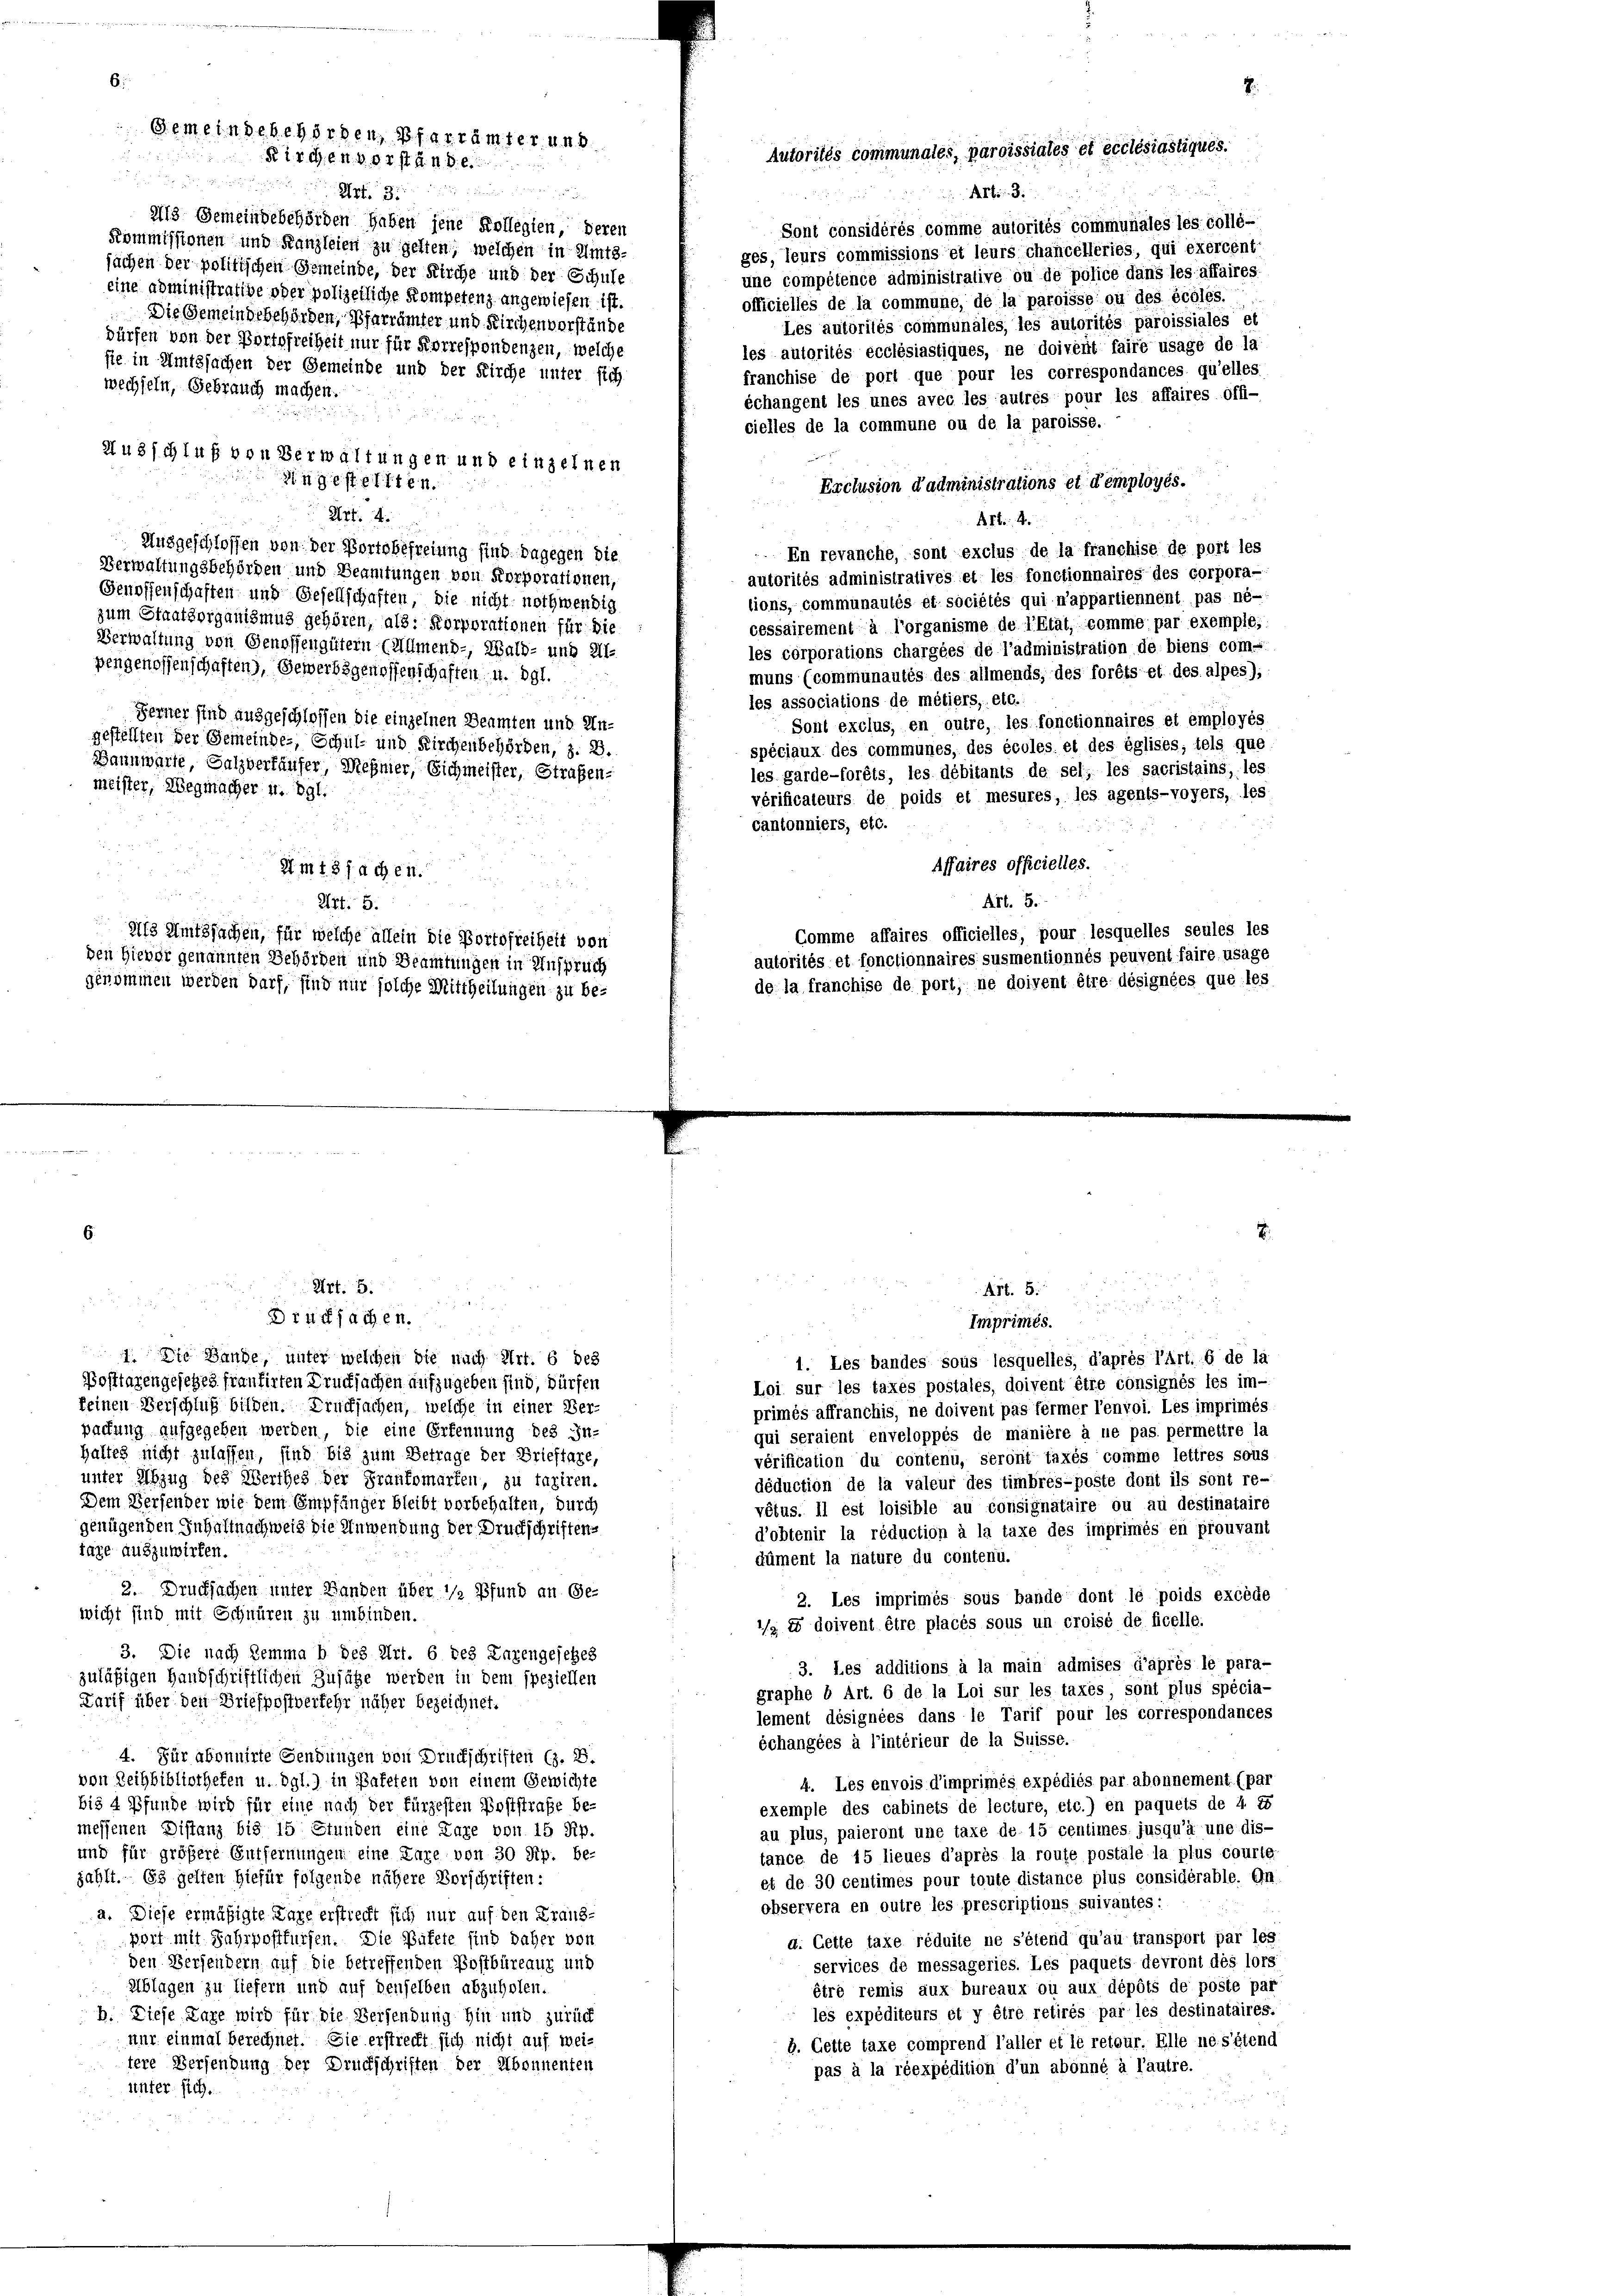
213 Gemeindebehörden haben jene Kollegien, deren
Kommissionen und Kanzleien zu gelten, welchen in Amts-
sachen der politischen Gemeinde, der Kirche und der Schule
eine administrative oder polizeiliche Kompetenz angewiesen ist,
Die Gemeindsbehörden, Pfarrämter und Kirchenverstände
dürfen von der Portofreiheit nur für Korrespondenzen, welche
sie in Amtssachen der Gemeinde und der Kirche unter sich
wechseln, Gebrauch machen.
Ausschluß von Verwaltungen und einzelnen
S 49 f. 116.

Ausgeschlossen von der Portobefreiung sind. Dagegen die
Verwaltungsbehörden und Beamtungen von Korporationen,
Genossenschaften und Gesellschaften, die nicht nothwendig
zum Staatsorganismus gehören, als: Korporationen für die
Verwaltung von Genossengütern Almend-, Wald- und Alpengenossenschaften), Gewerbsgenossenschaften u. dgl.
Zerster sind ausgeschlossen die einzelnen Beamten und Ungestellten der Gemeinde-, Schul- und Kirchenbehörden, z. B.
Bannwarte Salzverkäufer, Meßner, Sichmeister, Straßen-
meister, Wegmacher u. dgl.
Im18; achen.
Art. 5.
afs Amtssachen, für welche allein die Portofreiheit von
den Hievor genannten Behörden und Beamtungen in Anspruch
genommen werden darf, sind nur solche Mittheilungen zu be¬

Gemeindebehörden, Pfarrämter und
irgen vorstand

un er in werden dingungen die in einer

a
i
Imprimés.
1. Die Hande, unter welchen die nach Art. 6 des
1. Les bandes sous lesquelles, d’après l’Art. 6 de la
Posttagengesetzes frantirten Drucksachen aufzugeben sind, dürfen
Loi sur les taxes postales, doivent être consignés les im-
keinen Verschluß bilden. Drucksachen, welche in einer Ver-
primés affranchis, ne doivent pas fermer l’envoi. Les imprimés
packung aufgegeben werden, die eine Erkennung des In-
qui seraient enveloppés de manière à ne pas. permettre la
haltes nicht zulassen, sind bis zum Betrage der Brieftate,
vérification du contenu, seront taxés comme lettres sous
unter Abzug des Werthes der Frankomarten, zu taxiren.
déduction de la valeur des timbres-poste dont ils sont re-
Dem Herfender wie dem Empfänger bleibt vorbehalten, durch
vétus. Il est loisible au consignataire ou au destinataire
genügenden Inhaltnachweis die Anwendung der Druckschriftens
d’obtenir la réduction à la taxe des imprimés en prouvant
tage auszuwirken.
düment la nature du contenu.
2. Drucksachen unter Banden über 1/2 Pfund an Ge-
2. Les imprimés sous bande dont le poids excède
wicht sind mit Schnüren zu umbinden.
/a e doivent être placés sous un croisé de ficelle.
3. Die nach Zemma b des Art. 6 des Enzengesehes
3. Les additions à la main admises d’après le para-
zuläßigen Handschriftlichen Zusätze werden in dem speziellen
graphe 6 Art. 6 de la Loi sur les taxes sont plus spécia-
Darif über den Briefpostverkehr näher bezeichnet.
lement désignées dans le Tarif pour les correspondances
échangées à l’intérieur de la Suisse.
4. Für abonnirte Gengungen von Druckschriften (z. B.
von Reihbibliothefen u. dgl.) in Bafeten von einem Gewichte
4. Les envois d’imprimés expédiés par abonnement. (par
bis 4 Pfunde wird für eine nach der fürzesten Poststraße be-
exemple des cabinets de lecture, etc.) en paquets de 4. 2
messenen Distanz bis 15 Stunden eine Taxe von 15 Rp.
au plus, paieront une taxe de 15 centimes jusqu’à une dis-
und für größere Entfernungen eine Eure von 30 Rp. be-
tance de 15 lieues d’après la route postäle la plus courte
jählt. Es gelten hiefür folgende nähere Vorschriften:
et de 30 centimes pour toute distance plus considérable. En
observera en outre les prescriptions suivantes:
a. Diese ermäßigte Lare erstrecht sich nur auf den Franz-
port mit Jahrpostfürfen. Die Bütete sind daher von
d. Cette taxe réduite ne s’étend qu’au transport par les
den Versendern auf die betreffenden Postbüreaux und
services de messageries. Les paquets devront des lors
Sblagen zu liefern und auf denselben abzuholen.
être remis aux bureaux ou aux dépôts de poste par
les expéditeurs et y être retirés par les destinataires.
b. Diese Lage wird für die Versendung hin und zurück
nur einmal berechnet. Sie erstrecht sich nicht auf weib. Cette taxe comprend l’aller et le retour. Elle ne s’étend
tere Versendung der Druckschriften der Abonnenten
pas à la réexpédition d’un abonné à l’autre.
inter sich.

Nr. 3.
Drucksachen.

Str. 3.
ges, leurs commissions et leurs chancelleries, qui exercent-
une compétence administrative ou de police dans les affaires
officielles de la commune, de la paroisse ou des écoles.
les autorités ecclésiastiques, ne doivent faire usage de la
franchise de port que pour les correspondances qu’elles
échangent les unes avec les autres pour les affaires offi-
cielles de la commune ou de la paroisse.
Exclusion d’administrations et d’employés.

.
Art: 4.
En revanche, sont exclus de la franchise de port les
autorités administratives et les fonctionnaires des corpora-
tions, communautés et sociétés qui n’appartiennent pas né-
cessairement à l’organisme de l’Etat, comme par exemple:
les corporations chargées de l’administration de biens com-
muns (communautés des allmends, des forêts et des alpes),
les associations de métiers, etc.
Sont exclus, en outre, les fonctionnaires et employés
spéciaux des communes, des écoles. et des églises, tels que
les garde-forêts, les débitants de sel; les sacristains, les
vérificaleurs de poids et mesures, les agents-voyers, les
cantonniers, etc.
e
Affaires officielles.
Art. 5.
Comme affaires officielles, pour lesquelles seules les
autorités et fonctionnaires susmentionnés peuvent faire usage
de la franchise de port, ne doivent être désignées que les

Autorités communales, paroissiales et ecclésiastiqués.

Art. 5.

u
Sont considérés comme autorités communales les collé-
Les autorités communales, les autorités paroissiales et

7.